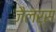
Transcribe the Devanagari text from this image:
जैलर्स